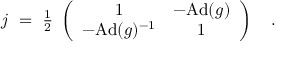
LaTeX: j ~ = ~ { \textstyle { \frac { 1 } { 2 } } } \; \left( \begin{array} { c c } { { 1 } } & { { - \mathrm { A d } ( g ) } } \\ { { - \mathrm { A d } ( g ) ^ { - 1 } } } & { { 1 } } \end{array} \right) ~ ~ ~ .